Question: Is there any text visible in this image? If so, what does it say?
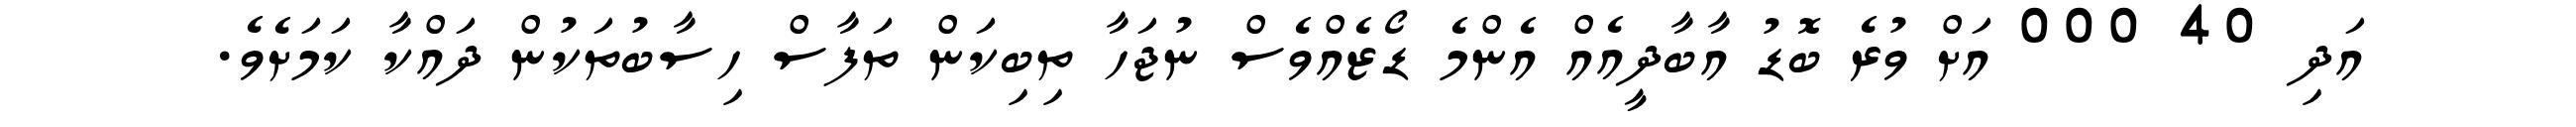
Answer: އަދި 40 000 އަށް ވުރެ ބޮޑު އާބާދީއެއް އެންމެ ޑޯޒެއްވެސް ނުޖަހާ ތިބިކަން ތަފާސް ހިސާބުތަކުން ދައްކާ ކަމަށެވެ.